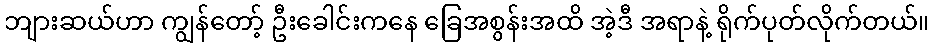
ဘျားဆယ်ဟာ ကျွန်တော့် ဦးခေါင်းကနေ ခြေအစွန်းအထိ အဲ့ဒီ အရာနဲ့ ရိုက်ပုတ်လိုက်တယ်။